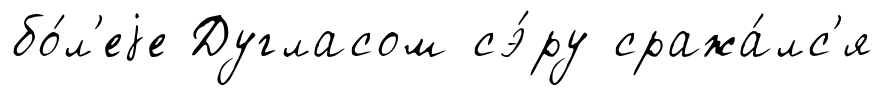
бо́л'еjе Дугласом сэ́ру сража́лс'я